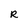
Character: R